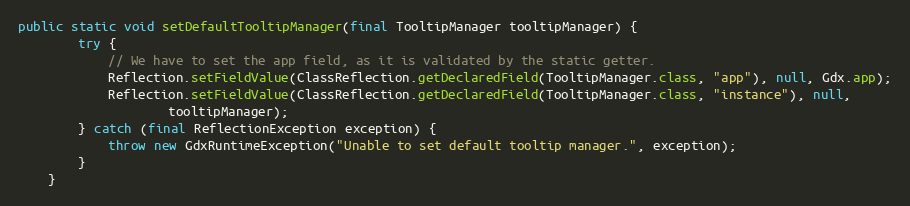
Language: Java
public static void setDefaultTooltipManager(final TooltipManager tooltipManager) {
        try {
            // We have to set the app field, as it is validated by the static getter.
            Reflection.setFieldValue(ClassReflection.getDeclaredField(TooltipManager.class, "app"), null, Gdx.app);
            Reflection.setFieldValue(ClassReflection.getDeclaredField(TooltipManager.class, "instance"), null,
                    tooltipManager);
        } catch (final ReflectionException exception) {
            throw new GdxRuntimeException("Unable to set default tooltip manager.", exception);
        }
    }